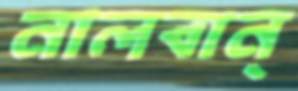
নালবান্